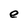
Character: e